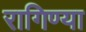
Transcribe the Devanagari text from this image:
रागिण्या